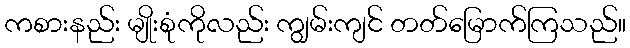
ကစားနည်း မျိုးစုံကိုလည်း ကျွမ်းကျင် တတ်မြောက်ကြသည်။